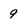
Character: 9